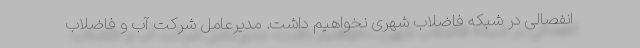
انفصالی در شبکه فاضلاب شهری نخواهیم داشت. مدیرعامل شرکت آب و فاضلاب